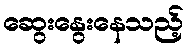
ဆွေးနွေးနေသည့်